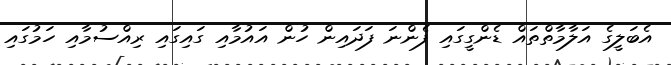
އެބަލީގެ އަލާމާތްތައް ޑެންގީގައި ފެންނަ ފަދައިން ހުން އައުމާއި ގައިގައި ރިއްސުމާއި ހަމުގައި